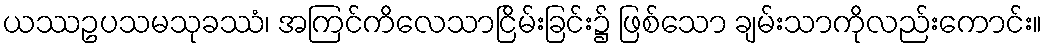
ယဿဥပသမသုခဿံ၊ အကြင်ကိလေသာငြိမ်းခြင်း၌ ဖြစ်သော ချမ်းသာကိုလည်းကောင်း။